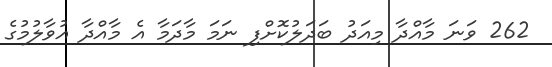
262 ވަނަ މާއްދާ މިއަދު ބަދަލުކޮށްފި ނަމަ މާދަމާ އެ މާއްދާ އުވާލުމުގެ